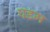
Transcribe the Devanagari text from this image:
पडम